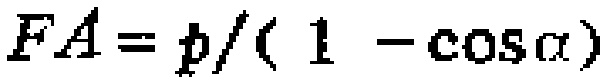
$FA = p/(1 - \cos\alpha)$